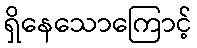
ရှိနေသောကြောင့်